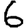
Digit: 6